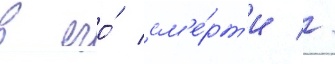
в его́ см'е́рт'и //